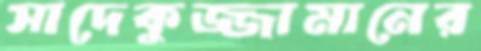
সাদেকুজ্জামানের